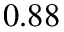
0 . 8 8